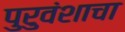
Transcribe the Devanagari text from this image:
पुरुवंशाचा